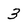
Character: 3